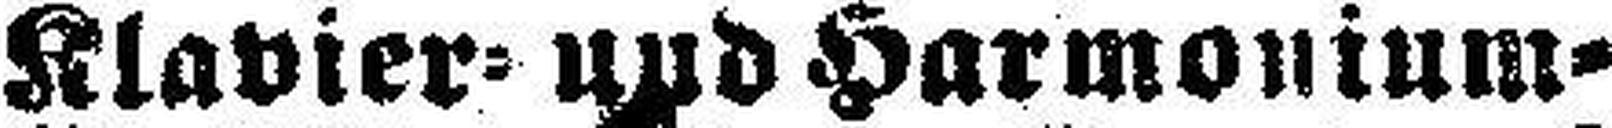
Klavier= und Harmonium=